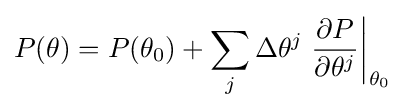
P(\theta )=P(\theta _{0})+\sum _{j}\Delta \theta ^{j}\left.{\frac {\partial P}{\partial \theta ^{j}}}\right|_{\theta _{0}}